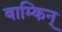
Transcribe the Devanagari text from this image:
बाम्किन्